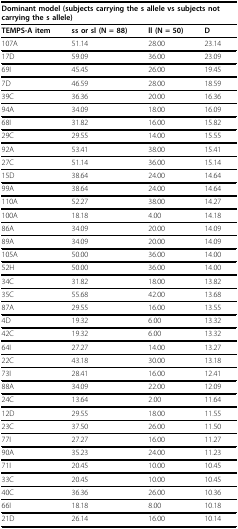
<table><thead><tr><td colspan="4"><b>Dominant model (subjects carrying the s allele vs subjects not carrying the s allele)</b></td></tr></thead><tbody><tr><td><b>TEMPS-A item</b></td><td><b>ss or sl (N = 88)</b></td><td><b>ll (N = 50)</b></td><td><b>D</b></td></tr><tr><td>107A</td><td>51.14</td><td>28.00</td><td>23.14</td></tr><tr><td>17D</td><td>59.09</td><td>36.00</td><td>23.09</td></tr><tr><td>69I</td><td>45.45</td><td>26.00</td><td>19.45</td></tr><tr><td>7D</td><td>46.59</td><td>28.00</td><td>18.59</td></tr><tr><td>39C</td><td>36.36</td><td>20.00</td><td>16.36</td></tr><tr><td>94A</td><td>34.09</td><td>18.00</td><td>16.09</td></tr><tr><td>68I</td><td>31.82</td><td>16.00</td><td>15.82</td></tr><tr><td>29C</td><td>29.55</td><td>14.00</td><td>15.55</td></tr><tr><td>92A</td><td>53.41</td><td>38.00</td><td>15.41</td></tr><tr><td>27C</td><td>51.14</td><td>36.00</td><td>15.14</td></tr><tr><td>15D</td><td>38.64</td><td>24.00</td><td>14.64</td></tr><tr><td>99A</td><td>38.64</td><td>24.00</td><td>14.64</td></tr><tr><td>110A</td><td>52.27</td><td>38.00</td><td>14.27</td></tr><tr><td>100A</td><td>18.18</td><td>4.00</td><td>14.18</td></tr><tr><td>86A</td><td>34.09</td><td>20.00</td><td>14.09</td></tr><tr><td>89A</td><td>34.09</td><td>20.00</td><td>14.09</td></tr><tr><td>105A</td><td>50.00</td><td>36.00</td><td>14.00</td></tr><tr><td>52H</td><td>50.00</td><td>36.00</td><td>14.00</td></tr><tr><td>34C</td><td>31.82</td><td>18.00</td><td>13.82</td></tr><tr><td>35C</td><td>55.68</td><td>42.00</td><td>13.68</td></tr><tr><td>87A</td><td>29.55</td><td>16.00</td><td>13.55</td></tr><tr><td>4D</td><td>19.32</td><td>6.00</td><td>13.32</td></tr><tr><td>42C</td><td>19.32</td><td>6.00</td><td>13.32</td></tr><tr><td>64I</td><td>27.27</td><td>14.00</td><td>13.27</td></tr><tr><td>22C</td><td>43.18</td><td>30.00</td><td>13.18</td></tr><tr><td>73I</td><td>28.41</td><td>16.00</td><td>12.41</td></tr><tr><td>88A</td><td>34.09</td><td>22.00</td><td>12.09</td></tr><tr><td>24C</td><td>13.64</td><td>2.00</td><td>11.64</td></tr><tr><td>12D</td><td>29.55</td><td>18.00</td><td>11.55</td></tr><tr><td>23C</td><td>37.50</td><td>26.00</td><td>11.50</td></tr><tr><td>77I</td><td>27.27</td><td>16.00</td><td>11.27</td></tr><tr><td>90A</td><td>35.23</td><td>24.00</td><td>11.23</td></tr><tr><td>71I</td><td>20.45</td><td>10.00</td><td>10.45</td></tr><tr><td>33C</td><td>20.45</td><td>10.00</td><td>10.45</td></tr><tr><td>40C</td><td>36.36</td><td>26.00</td><td>10.36</td></tr><tr><td>66I</td><td>18.18</td><td>8.00</td><td>10.18</td></tr><tr><td>21D</td><td>26.14</td><td>16.00</td><td>10.14</td></tr></tbody></table>